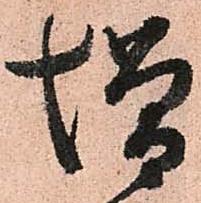
増